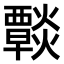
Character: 𤑶